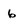
Character: 6